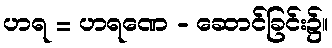
ဟရ = ဟရဏေ - ဆောင်ခြင်း၌။